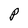
Character: P